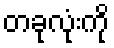
တခုလုံးကို